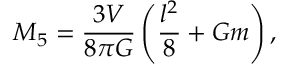
M _ { 5 } = \frac { 3 V } { 8 \pi G } \left( \frac { l ^ { 2 } } { 8 } + G m \right) ,